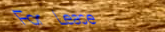
For Lease